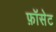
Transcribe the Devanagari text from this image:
फ़ॉसेट